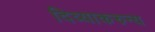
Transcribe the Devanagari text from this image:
दिव्याकरुन्य